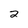
Character: 2